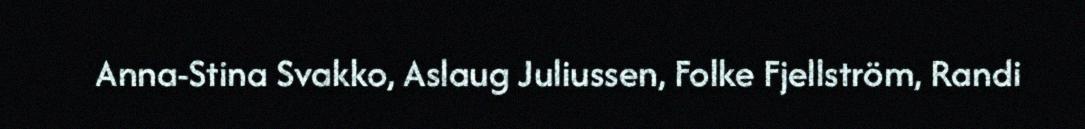
Anna-Stina Svakko, Aslaug Juliussen, Folke Fjellström, Randi